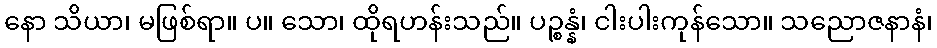
နော သိယာ၊ မဖြစ်ရာ။ ပ။ သော၊ ထိုရဟန်းသည်။ ပဉ္စန္နံ၊ ငါးပါးကုန်သော။ သညောဇနာနံ၊